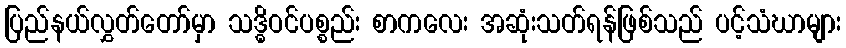
ပြည်နယ်လွှတ်တော်မှာ သဒ္ဓိဝင်ပစ္စည်း စာကလေး အဆုံးသတ်ရန်ဖြစ်သည် ပင့်သံဃာများ